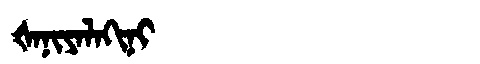
Manchu: ᡧᠠᠨᡳᠶᠠᠯᠠᡴᡳᠨᡳ
Romanization: ŠANIYALAKINI